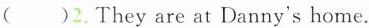
( )2.They are at Danny's home.